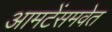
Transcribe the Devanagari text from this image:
आमटेंसमवेत